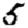
Digit: 5